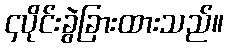
၄ပိုင်းခွဲခြားထားသည်။